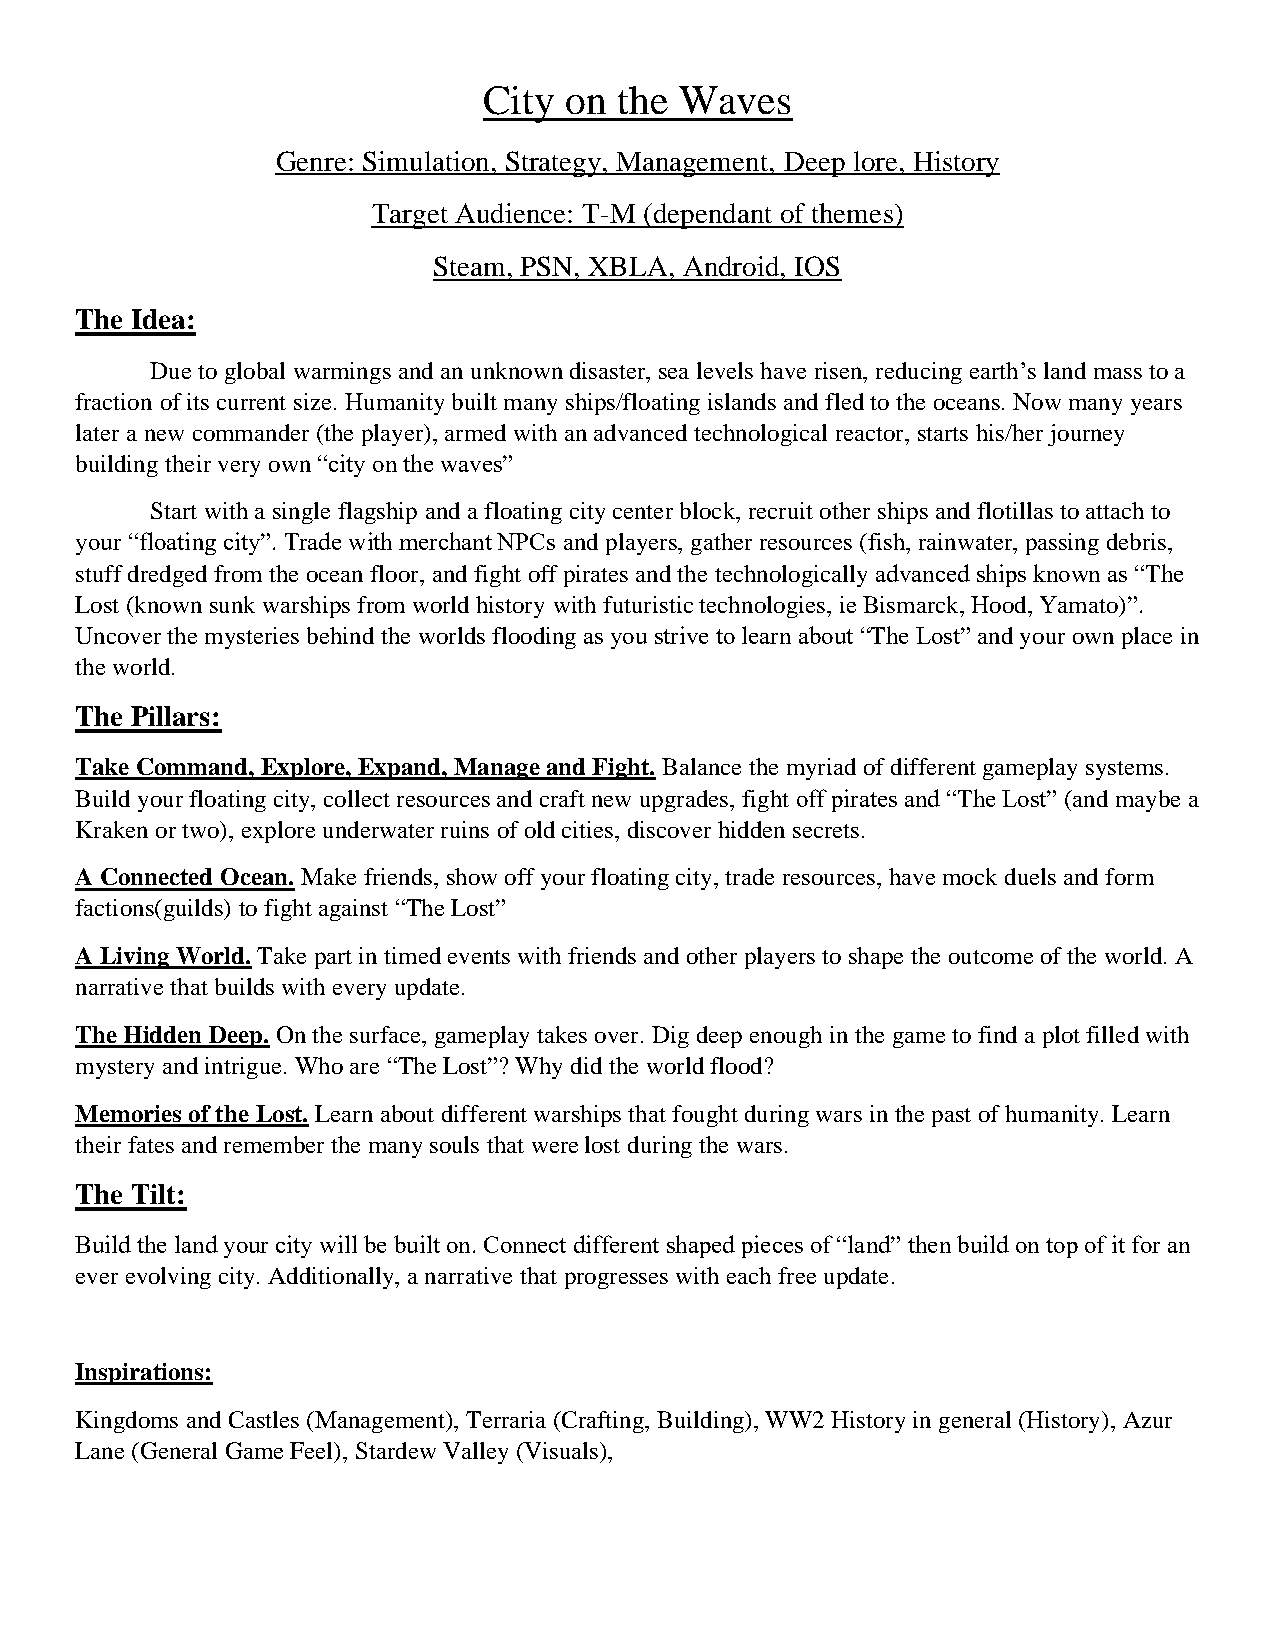
City on  the Waves
 Genre: Simulation, Strategy, Management, Deep lore, History
 Target Audience: T-M (dependant of themes)
 Steam, PSN, XBLA, Android, IOS
 The Idea:
 Due to global warmings and an unknown disaster, sea levels have risen, reducing earth’s land mass to a
 fraction of its current size. Humanity built many ships/floating islands and fled to the oceans. Now many years
 later a new commander (the player), armed with an advanced technological reactor, starts his/her journey
 building their very own “city on the waves”
 Start with a single flagship and a floating city center block, recruit other ships and flotillas to attach to
 your “floating city”. Trade with merchant NPCs and players, gather resources (fish, rainwater, passing debris,
 stuff dredged from the ocean floor, and fight off pirates and the technologically advanced ships known as “The
 Lost (known sunk warships from world history with futuristic technologies, ie Bismarck, Hood, Yamato)”.
 Uncover the mysteries behind the worlds flooding as you strive to learn about “The Lost” and your own place in
 the world.
 The Pillars:
 Take Command, Explore, Expand, Manage and Fight. Balance the myriad of different gameplay systems.
 Build your floating city, collect resources and craft new upgrades, fight off pirates and “The Lost” (and maybe a
 Kraken or two), explore underwater ruins of old cities, discover hidden secrets.
 A Connected Ocean. Make friends, show off your floating city, trade resources, have mock duels and form
 factions(guilds) to fight against “The Lost”
 A Living World. Take part in timed events with friends and other players to shape the outcome of the world. A
 narrative that builds with every update.
 The Hidden Deep. On the surface, gameplay takes over. Dig deep enough in the game to find a plot filled with
 mystery and intrigue. Who are “The Lost”? Why did the world flood?
 Memories of the Lost. Learn about different warships that fought during wars in the past of humanity. Learn
 their fates and remember the many souls that were lost during the wars.
 The Tilt:
 Build the land your city will be built on. Connect different shaped pieces of “land” then build on top of it for an
 ever evolving city. Additionally, a narrative that progresses with each free update.
 Inspirations:
 Kingdoms and Castles (Management), Terraria (Crafting, Building), WW2 History in general (History), Azur
 Lane (General Game Feel), Stardew Valley (Visuals),